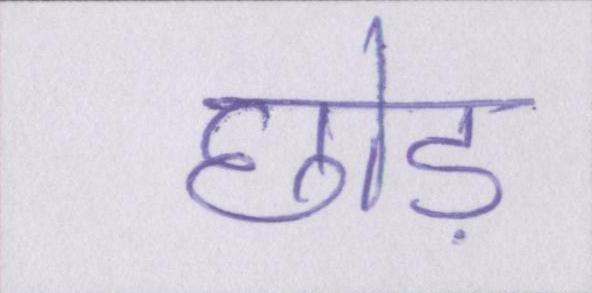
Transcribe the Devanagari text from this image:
छोड़